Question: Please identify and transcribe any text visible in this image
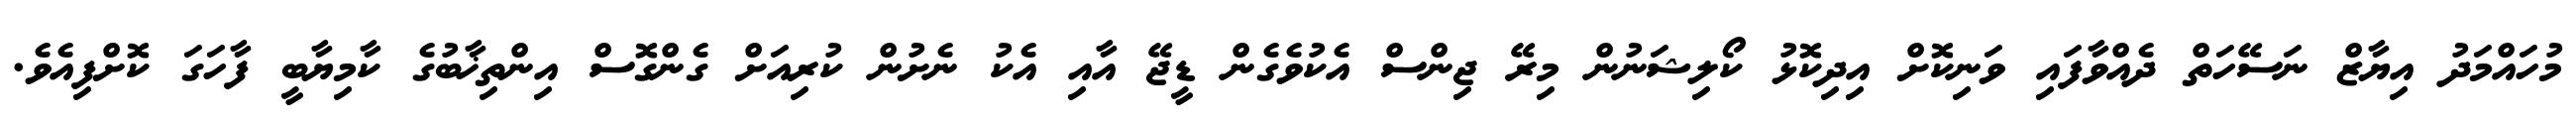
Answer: މުހައްމަދު އިޔާޒް ނަސޭހަތް ދެއްވާފައި ވަނިކޮށް އިދިކޮޅު ކޯލިޝަނުން މިރޭ ޖިންސް އެކުވެގެން ޑީޖޭ އާއި އެކު ނެށުން ކުރިއަށް ގެންގޮސް އިންތިޚާބުގެ ކާމިޔާބީ ފާހަގަ ކޮށްފިއެވެ.